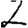
Digit: 2